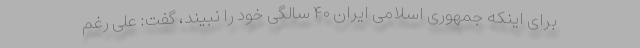
برای اینکه جمهوری اسلامی ایران ۴۰ سالگی خود را نبیند، گفت: علی رغم